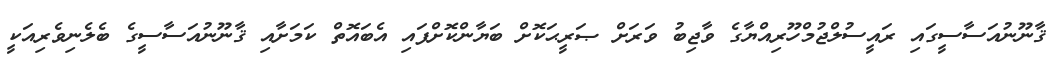
ޤާނޫނުއަސާސީގައި ރައީސުލްޖުމްހޫރިއްޔާގެ ވާޖިބު ވަރަށް ޞަރީޙަކޮށް ބަޔާންކޮށްފައި އެބައޮތް ކަމަށާއި ޤާނޫނުއަސާސީގެ ބެލެނިވެރިއަކީ